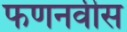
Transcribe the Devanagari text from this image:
फणनवीस